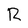
Character: R